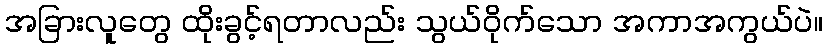
အခြားလူတွေ ထိုးခွင့်ရတာလည်း သွယ်ဝိုက်သော အကာအကွယ်ပဲ။